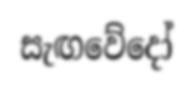
සැඟවේදෝ